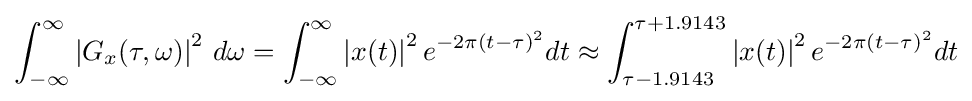
\int _{-\infty }^{\infty }\left|G_{x}(\tau ,\omega )\right|^{2}\,d\omega =\int _{-\infty }^{\infty }\left|x(t)\right|^{2}e^{-2\pi (t-\tau )^{2}}dt\approx \int _{\tau -1.9143}^{\tau +1.9143}\left|x(t)\right|^{2}e^{-2\pi (t-\tau )^{2}}dt